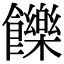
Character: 𩟧